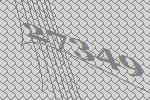
27349